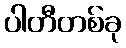
ပါတီတစ်ခု